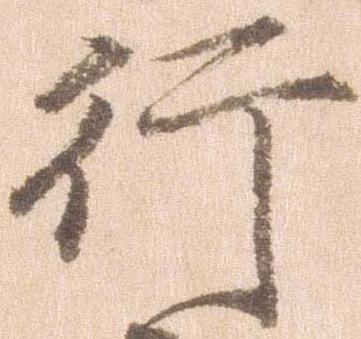
行